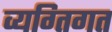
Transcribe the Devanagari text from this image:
व्यग्तिगत